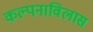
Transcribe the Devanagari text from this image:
कल्पनाविलास